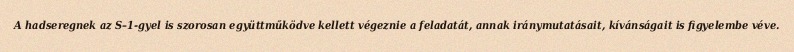
A hadseregnek az S–1-gyel is szorosan együttműködve kellett végeznie a feladatát, annak iránymutatásait, kívánságait is figyelembe véve.